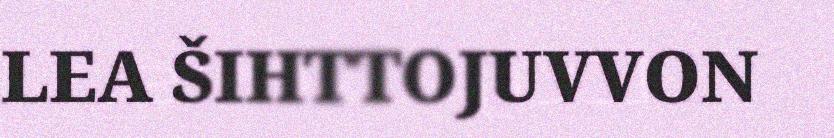
LEA ŠIHTTOJUVVON